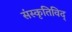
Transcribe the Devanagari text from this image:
संस्कृतिविद्